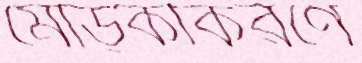
মোড়কীকরণে